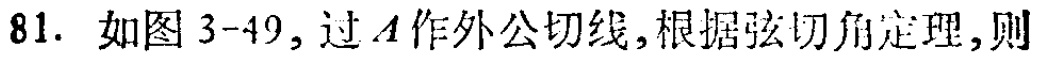
81. 如图3-49, 过\(A\)作外公切线, 根据弦切角定理, 则